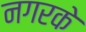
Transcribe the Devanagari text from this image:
नगरके